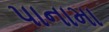
પાનામા